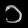
Digit: ၁